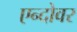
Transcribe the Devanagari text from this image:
एन्दोवर